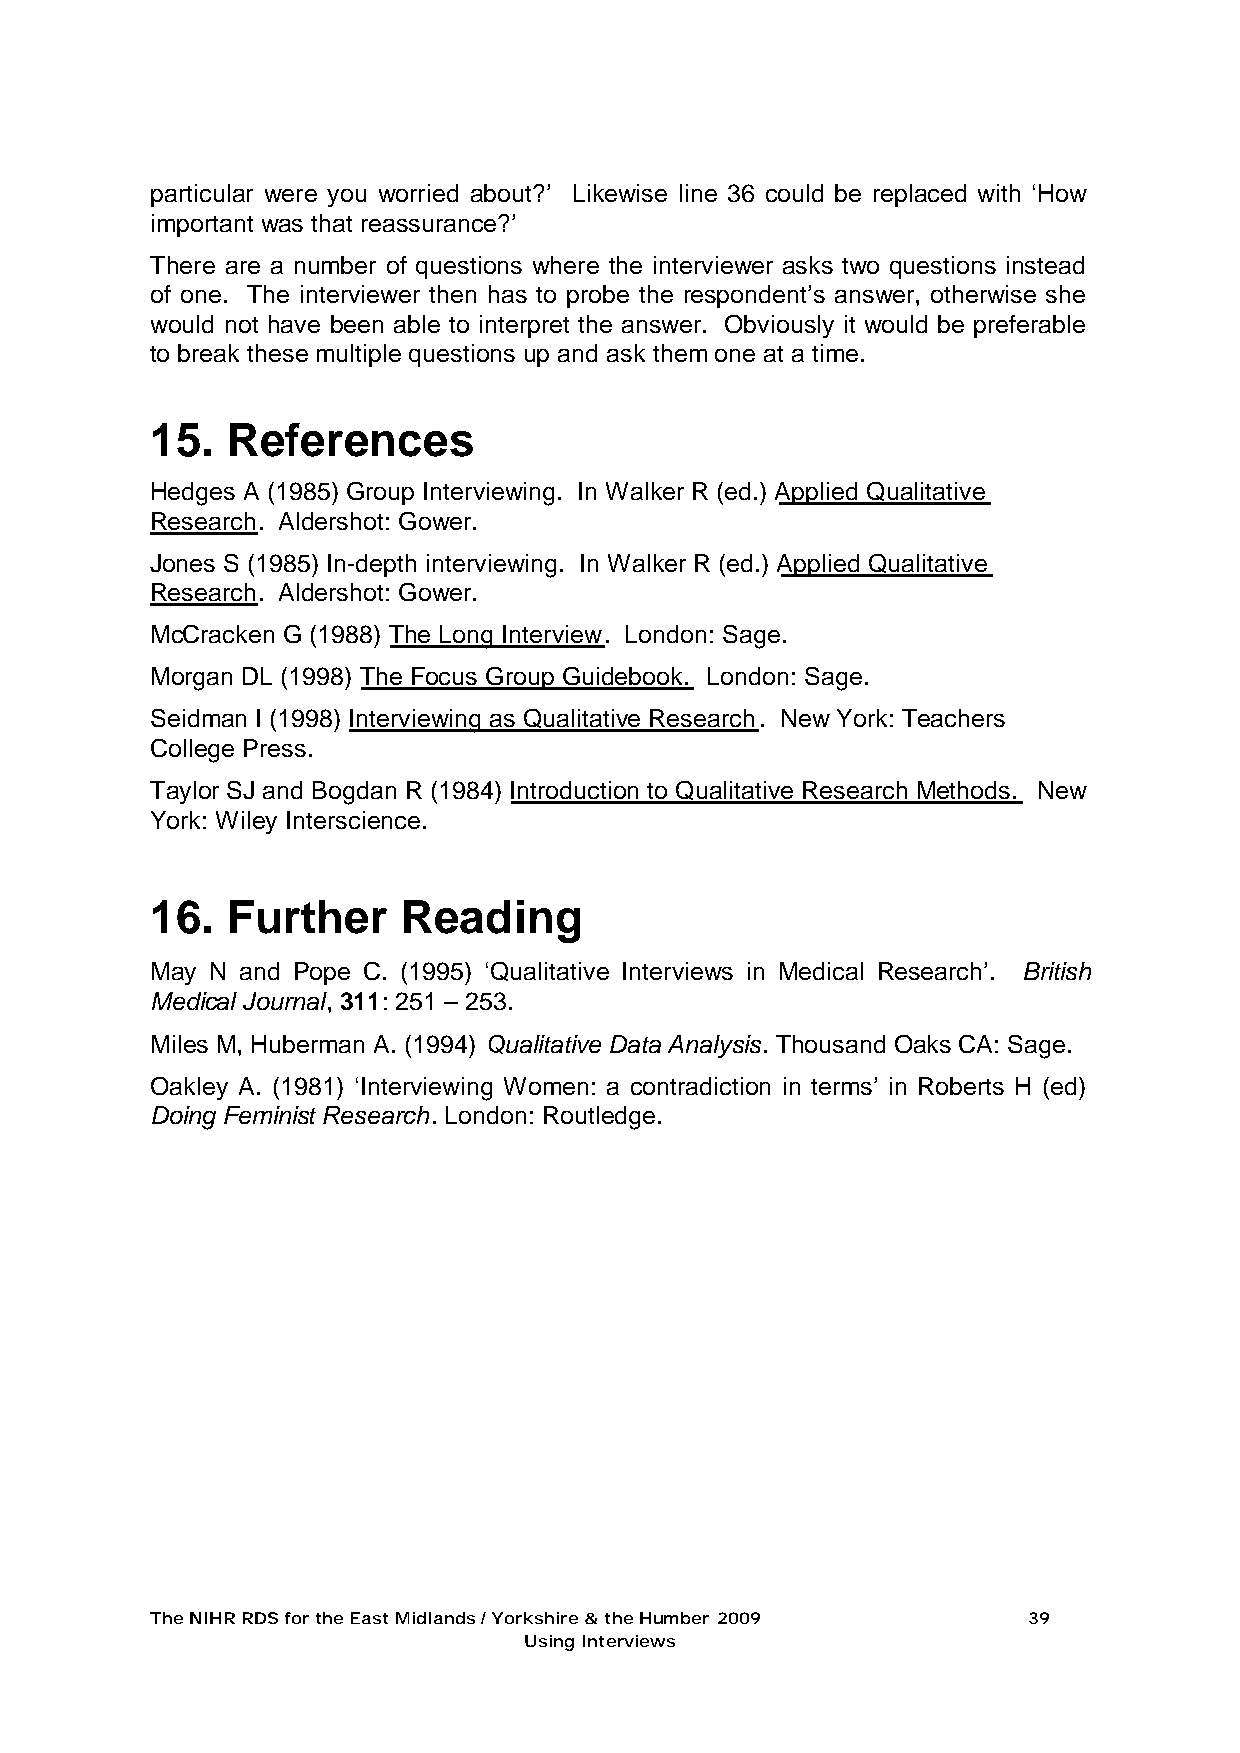
particular were you worried about?’ Likewise line 36 could be replaced with ‘How
 important was that reassurance?’
 There are a number of questions where the interviewer asks two questions instead
 of one. The interviewer then has to probe the respondent’s answer, otherwise she
 would not have been able to interpret the answer. Obviously it would be preferable
 to break these multiple questions up and ask them one at a time.
 15.  References
 Hedges A (1985) Group Interviewing. In Walker R (ed.) Applied Qualitative
 Research. Aldershot: Gower.
 Jones S (1985) In-depth interviewing. In Walker R (ed.) Applied Qualitative
 Research. Aldershot: Gower.
 McCracken G (1988) The Long Interview. London: Sage.
 Morgan DL (1998) The Focus Group Guidebook. London: Sage.
 Seidman I (1998) Interviewing as Qualitative Research. New York: Teachers
 College Press.
 Taylor SJ and Bogdan R (1984) Introduction to Qualitative Research Methods. New
 York: Wiley Interscience.
 16.  Further     Reading
 May N and Pope C. (1995) ‘Qualitative Interviews in Medical Research’. British
 Medical Journal, 311: 251 – 253.
 Miles M, Huberman A. (1994) Qualitative Data Analysis. Thousand Oaks CA: Sage.
 Oakley A. (1981) ‘Interviewing Women: a contradiction in terms’ in Roberts H (ed)
 Doing Feminist Research. London: Routledge.
 The NIHR RDS for the East Midlands / Yorkshire & the Humber 2009 39
 Using Interviews